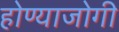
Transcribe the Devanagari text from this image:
होण्याजोगी